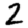
Digit: 2